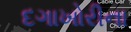
દગાખોરીના